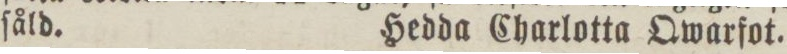
ſåld.    Hedda Charlotta Qwarfot.